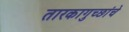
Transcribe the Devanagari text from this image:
तारकागुच्छांचे